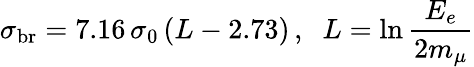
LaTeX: \sigma_{\mathrm{br}}=7.16\, \sigma_{0}\, (L-2.73)\, ,\; \; L=\ln{\frac{E_{e}}{2m_{\mu}}}